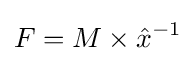
F=M\times {\hat {x}}^{-1}